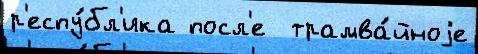
р'еспу́бл'ика посл'е  трамва́йноjе